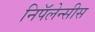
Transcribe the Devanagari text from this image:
निपॅलेन्सीस